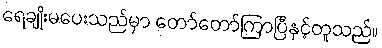
ရေချိုးမပေးသည်မှာ တော်တော်ကြာပြီနှင့်တူသည်။